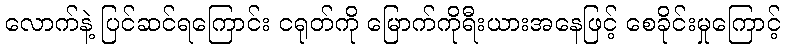
လောက်နဲ့ ပြင်ဆင်ရကြောင်း ငရုတ်ကို မြောက်ကိုရီးယားအနေဖြင့် စေခိုင်းမှုကြောင့်